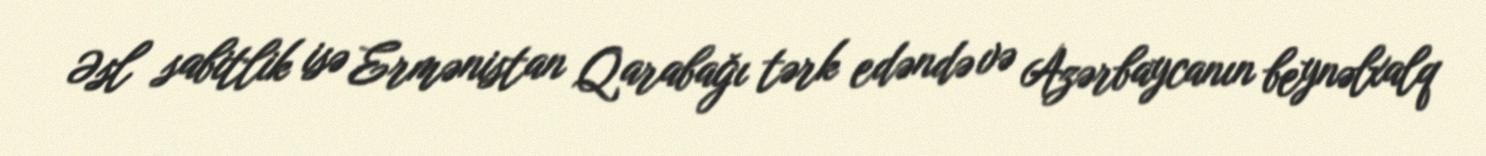
Əsl sabitlik isə Ermənistan Qarabağı tərk edəndə və Azərbaycanın beynəlxalq